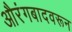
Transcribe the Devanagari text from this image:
औरंगबादवरून